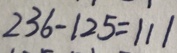
2 3 6 - 1 2 5 = 1 1 1